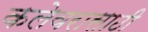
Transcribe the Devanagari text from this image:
कलेवरासाठी